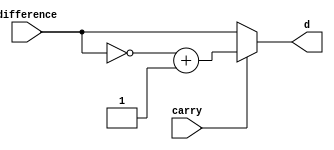
module Exponent_Difference_3 (carry , difference , d);
input carry;
input [7:0]difference;
output reg [7:0]d;
//internal signals
reg int_sig;
always@(*)
begin
    if (carry) 
	begin
		{int_sig,d}= ~difference + 1'b1 ;
	end
	else 
		begin
		d=difference ;
		int_sig= 1'b0 ; 
		end
end
endmodule